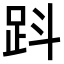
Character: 𧿫